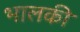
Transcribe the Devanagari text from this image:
भालकी